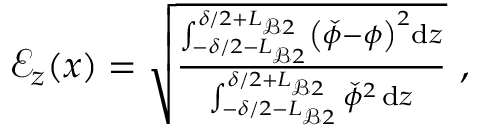
\begin{array} { r } { \mathcal { E } _ { z } \mathopen { } \mathclose \bgroup \left( x \aftergroup \egroup \right) = \sqrt { \frac { \int _ { - \delta / 2 - L _ { \mathcal { B } 2 } } ^ { \delta / 2 + L _ { \mathcal { B } 2 } } \left( \check { \phi } - \phi \right) ^ { 2 } \mathrm { d } z } { \int _ { - \delta / 2 - L _ { \mathcal { B } 2 } } ^ { \delta / 2 + L _ { \mathcal { B } 2 } } \check { \phi } ^ { 2 } \, \mathrm { d } z } } ~ , } \end{array}